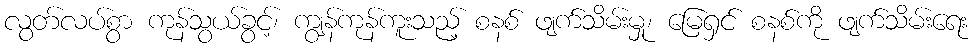
လွတ်လပ်စွာ ကုန်သွယ်ခွင့်၊ ကျွန်ကုန်ကူးသည့် စနစ် ဖျက်သိမ်းမှု၊ မြေရှင် စနစ်ကို ဖျက်သိမ်းရေး